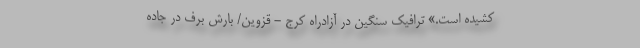
کشیده است.» ترافیک سنگین در آزادراه کرج - قزوین/ بارش برف در جاده